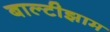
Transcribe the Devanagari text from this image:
बाल्टीझाम